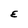
Character: E